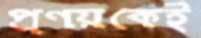
প্রণয়কেই